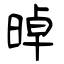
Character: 晫